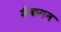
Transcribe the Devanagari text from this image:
मैकगन